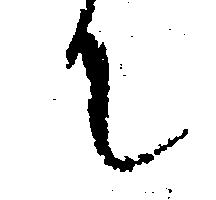
て